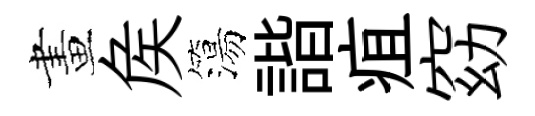
畫矦簜諧疽窈